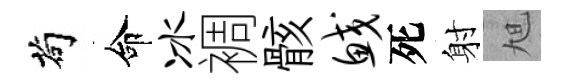
茍命冰裯骸鲛死射旭